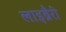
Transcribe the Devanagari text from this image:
लाइब्रैरी